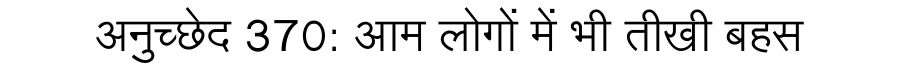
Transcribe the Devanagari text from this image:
अनुच्छेद 370: आम लोगों में भी तीखी बहस